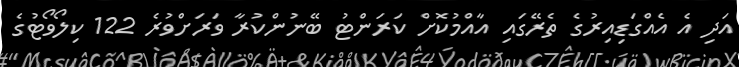
އަދި އެ އެއްގަޑިއިރުގެ ތެރޭގައި އާއްމުކޮށް ކަރަންޓު ބޭނުންކުރާ ވަރަށްވުރެ 122 ކިލޯވޯޓުގެ